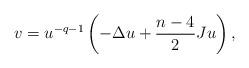
LaTeX: \begin{align*}v=u^{-q-1}\left( -\Delta u+\frac{n-4}{2}Ju\right) , \end{align*}